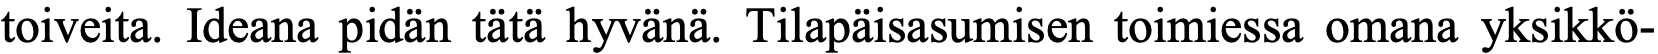
toiveita. Ideana pidän tätä hyvänä. Tilapäisasumisen toimiessa omana yksikkö-